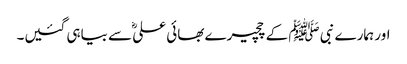
اور ہمارے نبی ﷺ کے چچیرے بھائی علیؓ سے بیاہی گئیں۔